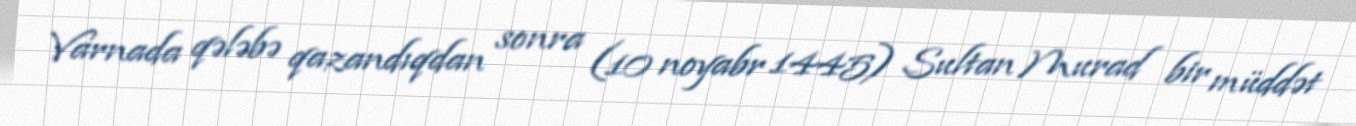
Varnada qələbə qazandıqdan sonra (10 noyabr 1445) Sultan Murad bir müddət